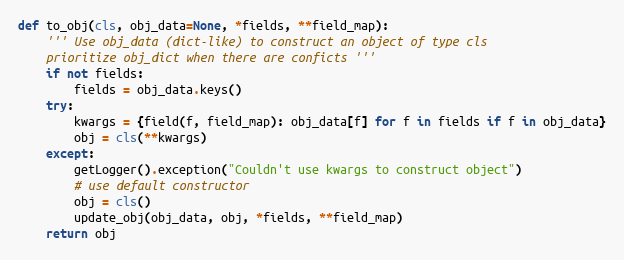
Language: Python
def to_obj(cls, obj_data=None, *fields, **field_map):
    ''' Use obj_data (dict-like) to construct an object of type cls
    prioritize obj_dict when there are conficts '''
    if not fields:
        fields = obj_data.keys()
    try:
        kwargs = {field(f, field_map): obj_data[f] for f in fields if f in obj_data}
        obj = cls(**kwargs)
    except:
        getLogger().exception("Couldn't use kwargs to construct object")
        # use default constructor
        obj = cls()
        update_obj(obj_data, obj, *fields, **field_map)
    return obj